Materia medica of Madras volume I
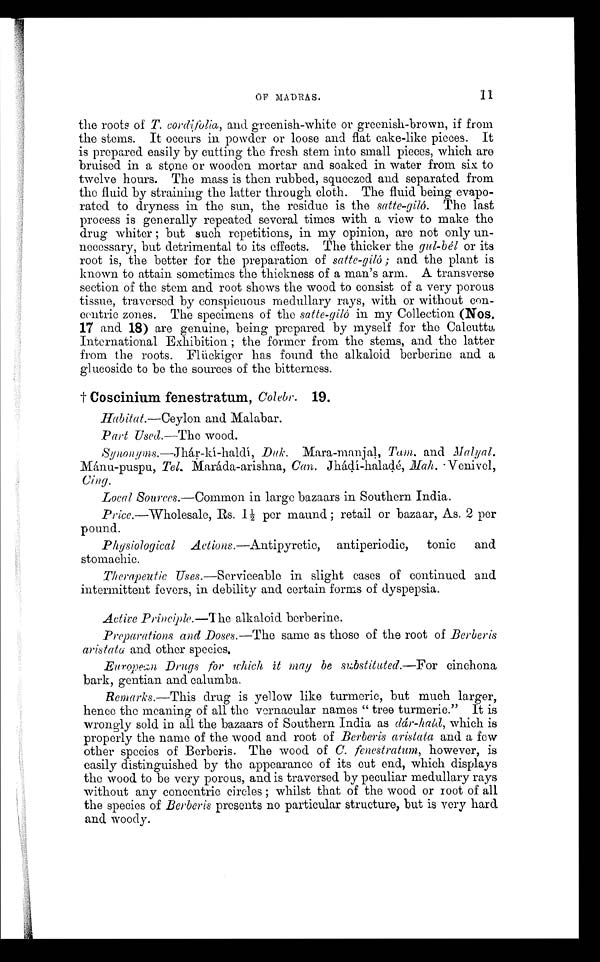
the roots of T. cordifolia, and greenish-white or greenish-brown, if from
the stems. It occurs in powder or loose and flat cake-like pieces. It
is prepared easily by cutting the fresh stem into small pieces, which are
bruised in a stone or wooden mortar and soaked in water from six to
twelve hours. The mass is then rubbed, squeezed and separated from
the fluid by straining the latter through cloth. The fluid being evapo
-rated to dryness in the sun, the residue is the satte-giló. The last
process is generally repeated several times with a view to make the
drug whiter; but such repetitions, in my opinion, are not only un-
-necessary, but detrimental to its effects. The thicker the gul-bél or its
root is, the better for the preparation of satte-giló; and the plant is
known to attain sometimes the thickness of a man's arm. A transverse
section of the stem and root shows the wood to consist of a very porous
tissue, traversed by conspicuous medullary rays, with or without con--
centric zones. The specimens of the satte-giló in my Collection (Nos.
17 and 18) are genuine, being prepared by myself for the Calcutta
International Exhibition; the former from the stems, and the latter
from the roots. Flückiger has found the alkaloid berberine and a
glucoside to be the sources of the bitterness.
† Coscinium fenestratum, Colebr. 19.
H a b i t a t . — C e y l o n
a n d M a l a b a r .
Part Used.—The wood.
Synonyms.—Jhár-kí-haldí, Duk. Mara-manjal, Tam. and Malyal.
Mánu-puspu, Tel. Maráda-arishna, Can. Jhádí-haladé, Mah. Venivel,
Cing.
Local Sources.—Common in large bazaars in Southern India.
Price.—Wholesale, Rs. 1½ per maund; retail or bazaar, As. 2 per
pound.
Physiological Actions.—Antipyretic, antiperiodic, tonic and
stomachic.
Therapeutic Uses.—Serviceable in slight cases of continued and
intermittent fevers, in debility and certain forms of dyspepsia.
Active Principle.—The alkaloid berberine.
Preparations and Doses.— The same as those of the root of Berberis
aristata and other species.
European Drugs for which ít may be substituted.—For cinchona
bark, gentian and calumba.
Remarks.—This drug is yellow like turmeric, but much larger,
hence the meaning of all the vernacular names "tree turmeric." It is
wrongly sold in all the bazaars of Southern India as dár-hald, which is
properly the name of the wood and root of Berberis aristata and a few
other species of Berberis. The wood of C. fenestratum, however, is
easily distinguished by the appearance of its cut end, which displays
the wood to be very porous, and is traversed by peculiar medullary rays
without any concentric circles; whilst that of the wood or root of all
the species of Berberis presents no particular structure, but is very hard
and woody.